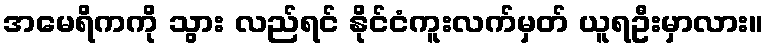
အမေရိကကို သွား လည်ရင် နိုင်ငံကူးလက်မှတ် ယူရဦးမှာလား။